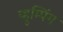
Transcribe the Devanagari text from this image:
व्हूम्पिंग